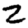
Digit: 2